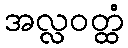
အလ္လဝတ္ထံ